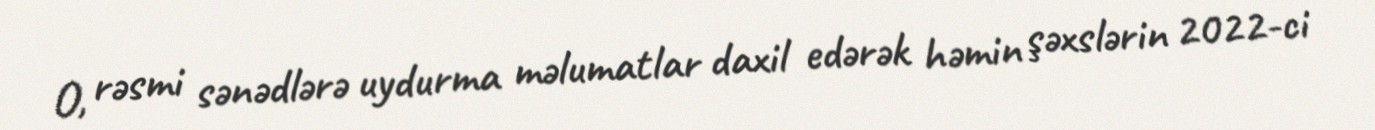
O, rəsmi sənədlərə uydurma məlumatlar daxil edərək həmin şəxslərin 2022-ci